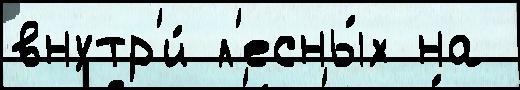
внутр'и́ л'есны́х на